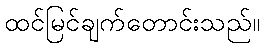
ထင်မြင်ချက်တောင်းသည်။